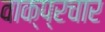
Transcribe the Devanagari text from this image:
वाक्‍प्रचार